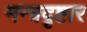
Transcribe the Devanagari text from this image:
मन्त्रदृष्टार